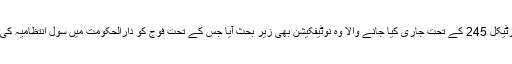
اجلاس میں ہفتے کو آئین کے آرٹیکل 245 کے تحت جاری کیا جانے والا وہ نوٹیفکیشن بھی زیرِ بحث آیا جس کے تحت فوج کو دارالحکومت میں سول انتظامیہ کی مدد کے لیے طلب کیا گیا ہے۔